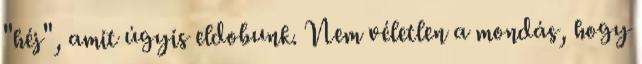
"héj", amit úgyis eldobunk. Nem véletlen a mondás, hogy